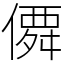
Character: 僲